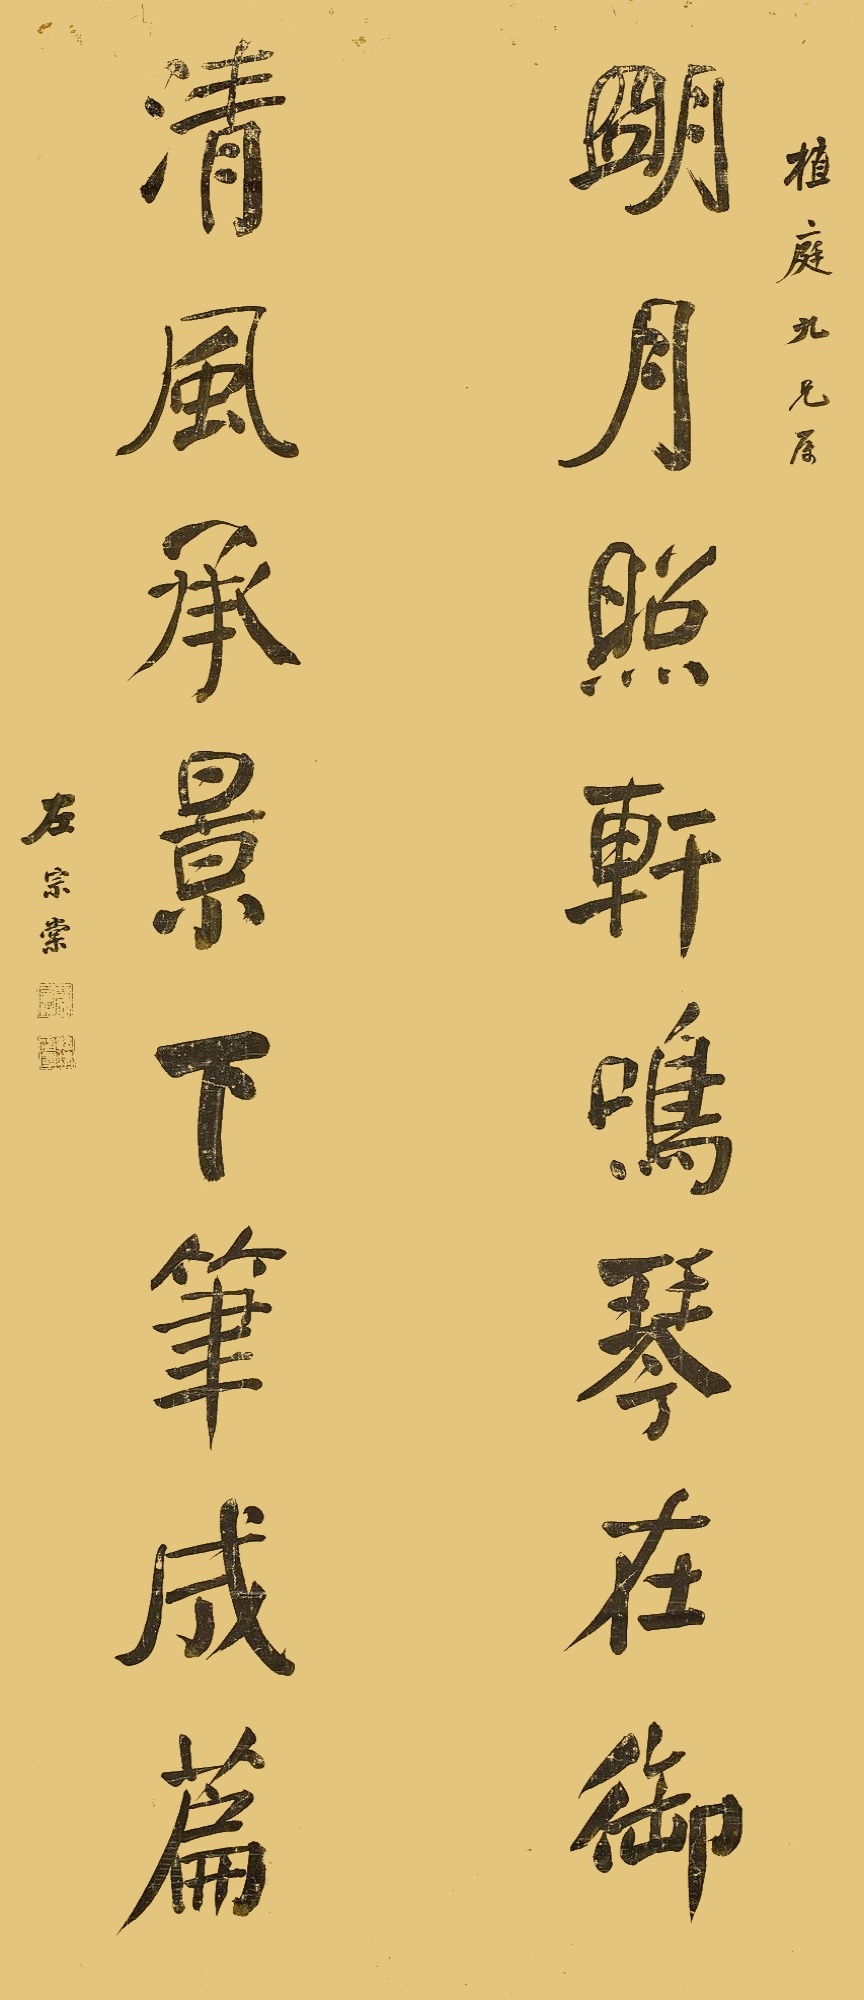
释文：照轩鸣琴在御，清风承景下笔成篇。植庭九兄属，左宗棠。